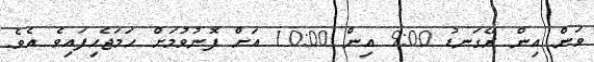
ވަން އިން ރޭގަނޑު 9:00 އިން 10:00 އަށް ފޮނުވުމަށް ހަމަޖެހިފައިވެ އެވެ.